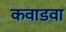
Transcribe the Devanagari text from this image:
कवाडवा